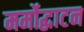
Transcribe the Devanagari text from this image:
मर्मोद्घाटन